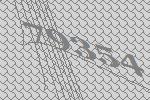
79354